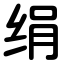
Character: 绢